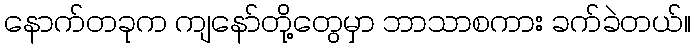
နောက်တခုက ကျနော်တို့တွေမှာ ဘာသာစကား ခက်ခဲတယ်။